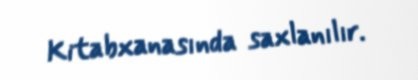
Kitabxanasında saxlanılır.